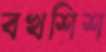
বখশিশ